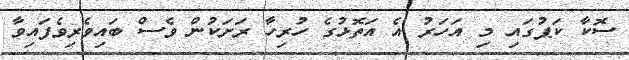
ސޮކާ ކަޕުގައި މި އަހަރު އެ އަތޮޅުގެ ހުރިހާ ރަށަކުން ވެސް ބައިވެރިވެފައިވާ